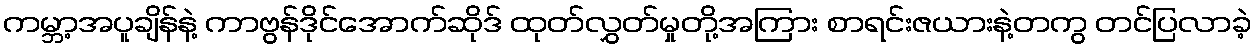
ကမ္ဘာ့အပူချိန်နဲ့ ကာဗွန်ဒိုင်အောက်ဆိုဒ် ထုတ်လွှတ်မှုတို့အကြား စာရင်းဇယားနဲ့တကွ တင်ပြလာခဲ့